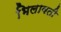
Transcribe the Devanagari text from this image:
भिलावती